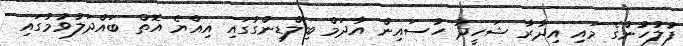
ފުލުހުންގެ މައި އިދާރާ ޝަހީދު ހުސައިން އާދަމް ބިލްޑިންގުގައި އިއްޔެ އޮތް ބައްދަލުވުމުގައި